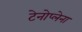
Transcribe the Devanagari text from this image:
टेनोप्लेना